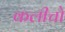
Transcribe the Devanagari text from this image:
कलीचो